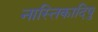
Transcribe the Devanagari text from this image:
नास्तिकादिषु